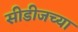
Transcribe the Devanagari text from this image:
सीडीजच्या